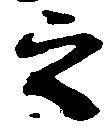
之